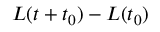
L ( t + t _ { 0 } ) - L ( t _ { 0 } )